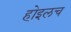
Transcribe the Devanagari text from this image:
होइलच